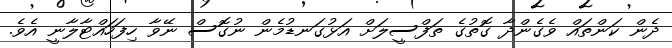
ދެން ކަންތައް ވެގެންދާ ގޮތުގެ ތަފްސީލަށް އަޅުގަނޑުމެން ނުގޮސް ނޭވާ ހިފަހައްޓާލާނީ އެވެ.